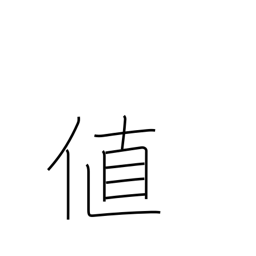
Meaning: cost